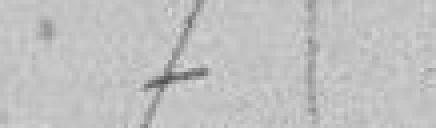
7